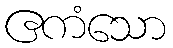
ဧကံသော